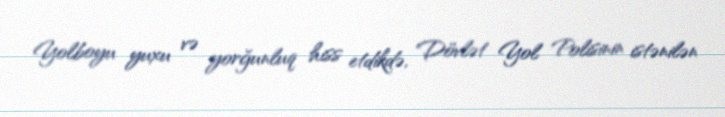
Yolboyu yuxu və yorğunluq hiss etdikdə, Dövlət Yol Polisinin istənilən